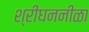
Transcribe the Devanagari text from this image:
श्रीघननीळा